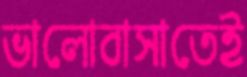
ভালোবাসাতেই